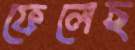
ফেলেছ